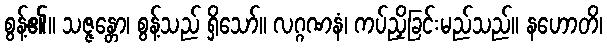
စွန့်၏။ သဇ္ဇန္တော၊ စွန့်သည် ရှိသော်။ လဂ္ဂဏနံ၊ ကပ်ညှိခြင်းမည်သည်။ နဟောတိ၊